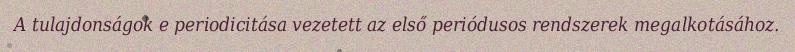
A tulajdonságok e periodicitása vezetett az első periódusos rendszerek megalkotásához.